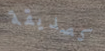
كصديقة